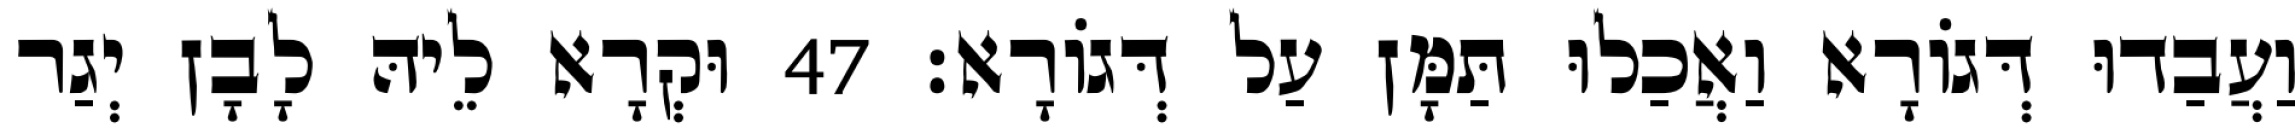
וַעֲבַדוּ דְּגוֹרָא וַאֲכַלוּ תַּמָּן עַל דְּגוֹרָא׃ 47 וּקְרָא לֵיהּ לָבָן יְגַר